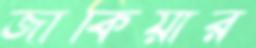
জাকিয়ার